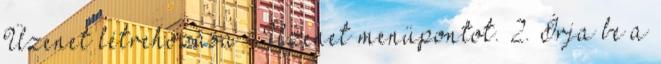
Üzenet létrehozása → Üzenet menüpontot. 2. Írja be a